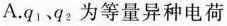
A.q_{1}、q_{2}为等量异种电荷